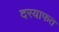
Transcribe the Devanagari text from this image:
दरयाफत